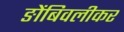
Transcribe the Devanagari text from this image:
ङोंबिवलीकर